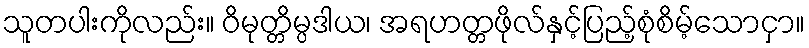
သူတပါးကိုလည်း။ ဝိမုတ္တိမ္ပဒါယ၊ အရဟတ္တဖိုလ်နှင့်ပြည့်စုံစိမ့်သောငှာ။